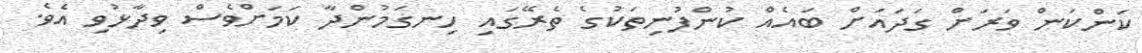
ކަންކަން ވަރަށް ގަދައަށް ބައެއް ކުންފުނިތަކުގެ ތެރޭގައި ހިނގަމުންދާ ކަމަށްވެސް ވިދާޅުވި އެވެ.